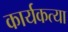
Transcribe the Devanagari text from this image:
कार्यकत्या